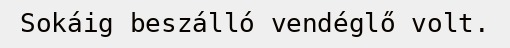
Sokáig beszálló vendéglő volt.